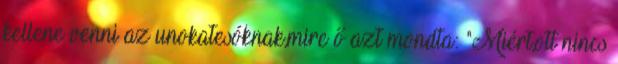
kellene venni az unokatesóknak,mire ő azt mondta: "Miért,ott nincs